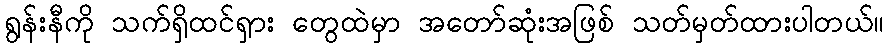
ရွန်းနီကို သက်ရှိထင်ရှား တွေထဲမှာ အတော်ဆုံးအဖြစ် သတ်မှတ်ထားပါတယ်။